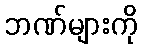
ဘဏ်များကို